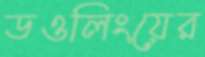
ডওলিংয়ের